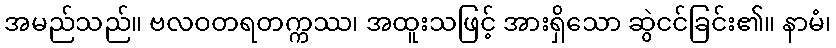
အမည်သည်။ ဗလဝတရတက္ကဿ၊ အထူးသဖြင့် အားရှိသော ဆွဲငင်ခြင်း၏။ နာမံ၊